Indian journal of veterinary science and animal husbandry - Volume 13,
Year: 1943
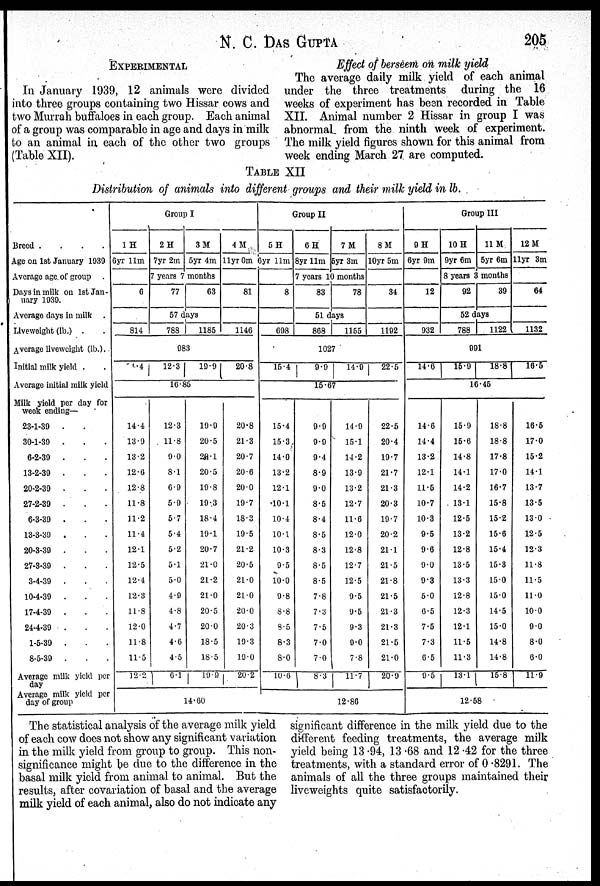
N. C. DAS GUPTA 205
EXPERIMENTAL
In January 1939, 12 animals were divided
into three groups containing two Hissar cows and
two Murrah buffaloes in each group. Each animal
of a group was comparable in age and days in milk
to an animal in each of the other two groups
Effect of berseem on milk yield
The average daily milk yield of each animal
under the three treatments during the 16
weeks of experiment has been recorded in Table
XII. Animal number 2 Hissar in group I was
abnormal from the ninth week of experiment.
The milk yield figures shown for this animal from
week ending March 27 are computed.
TABLE XII
Distribution of animals into different groups and their milk yield in lb.
Breed .
.
.
.
Age on 1st January 1939
Average age. of group .
Days in milk on 1st Jan-
uary 1939.
Average days in milk .
Liveweight (lb.) . .
Average liveweight (lb.).
Initial milk yield . .
Average initial milk yield
Milk yield per day for
week ending—
23-1-39
. .
30-1-39
. . .
6-2-39
. . .
13-2-39
. . .
20-2-39
. . .
27-2-39
. . .
6-3-39
. . .
13-3-39
. . .
20-3-39
. . .
27-3-39
. . .
3-4-39
. . .
10-4-39
. . .
17-4-39
. . .
24-4-39
. . .
1-5-39 . . .
8-5-39
. . .
Average milk yield per
day
Average milk yield per
day of group
Group I
1 H
6yr 11m
6
814
6.4
14.4
13.9
13.2
12.6
12.8
11.8
11.2
11.4
12.1
12.5
12.4
12.3
11.8
12.0
11.8
11.5
12.2
2 H
7yr 2m
3 M
5yr 4m
7 years 7 months
77
63
57 days
788
1185
983
12.3
19.9
16.85
12.3
11.8
9.0
8.1
6.9
5.9
5.7
5.4
5.2
5.1
5.0
4.9
4.8
4.7
4.6
4.5
6.1
19.9
20.5
28.1
20.5
19.8
19.3
18.4
19.1
20.7
21.0
21.2
21.0
20.5
20.0
18.5
18.5
19.9
14.60
4 M
11yr 0m
81
1146
20.8
20.8
21.3
20.7
20.6
20.0
19.7
18.3
19.5
21.2
20.5
21.0
21.0
20.0
20.3
19.3
19.0
20.2
Group II
5 H
6yr 11m
8
698
15.4
15.4
15.3
14.0
13.2
12.1
10.1
10.4
10.1
10.3
9.5
10.0
9.8
8.8
8.5
8.3
8.0
10.6
6 H
8yr 11m
7 M
5yr 3m
7 years 10 months
83
78
51 days
868
1155
1027
9.9
14.9
15.67
9.9
9.9
9.4
8.9
9.0
8.5
8.4
8.5
8.3
8.5
8.5
7.8
7.3
7.5
7.0
7.0
8.3
14.9
15.1
14.2
13.9
13.2
12.7
11.6
12.0
12.8
12.7
12.5
9.5
9.5
9.3
9.0
7.8
11.7
12.86
8 M
10yr 5m
34
1192
22.5
22.5
20.4
19.7
21.7
21.3
20.3
19.7
20.2
21.1
21.5
21.8
21.5
21.3
21.3
21.5
21.0
20.9
Group III
9 H
6yr 9m
12
932
14.6
14.6
14.4
13.2
12.1
11.5
10.7
10.3
9.5
9.6
9.0
9.3
5.0
6.5
7.5
7.3
6.5
9.5
10 H
9yr 6m
11 M
5yr 6m
8 years 3 months
92
39
52 days
788
1122
991
15.9
18.8
16.45
15.9
15.6
14.8
14.1
14.2
13.1
12.5
13.2
12.8
13.5
13.3
12.8
12.3
12.1
11.5
11.3
13.1
18.8
18.8
17.8
17.0
16.7
15.8
15.2
15.6
15.4
15.3
15.0
15.0
14.5
15.0
14.8
14.8
15.8
12.58
12 M
11yr 3m
64
1132
16.5
16.5
17.0
15.2
14.1
13.7
13.5
13.0
12.5
12.3
11.8
11.5
11.0
10.0
9.0
8.0
6.0
11.9
The statistical analysis of the average milk yield
of each cow does not show any significant variation
in the milk yield from group to group. This non-
significance might be due to the difference in the
basal milk yield from animal to animal. But the
results, after covariation of basal and the average
milk yield of each animal, also do not indicate any
significant difference in the milk yield due to the
different feeding treatments, the average milk
yield being 13.94, 13.68 and 12.42 for the three
treatments, with a standard error of 0.8291. The
animals of all the three groups maintained their
liveweights quite satisfactorily.